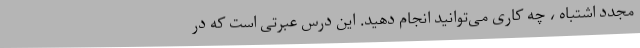
مجدد اشتباه ، چه کاری می‌توانید انجام دهید. این درس عبرتی است که در